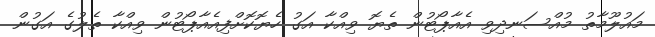
މައުލޫމާތު މުއްސަނދިވި އެއާޕޯޓުން ތެޔޮ ވިއްކާ އަގު ހެޔޮކޮށްފިއެއާޕޯޓުން ވިއްކާ ތެލުގެ އަގުން